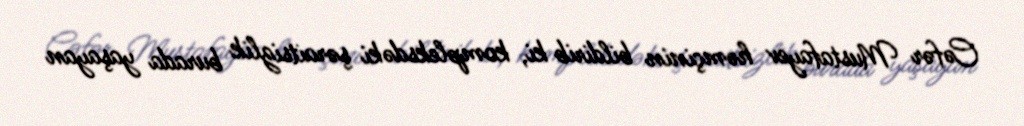
Cəfər Mustafayev həmçinin bildirib ki, kompleksdəki şəraitsizlik burada yaşayan